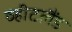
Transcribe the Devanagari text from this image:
व्हीटलैंड